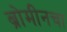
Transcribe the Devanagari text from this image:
ब्रोमीनचा